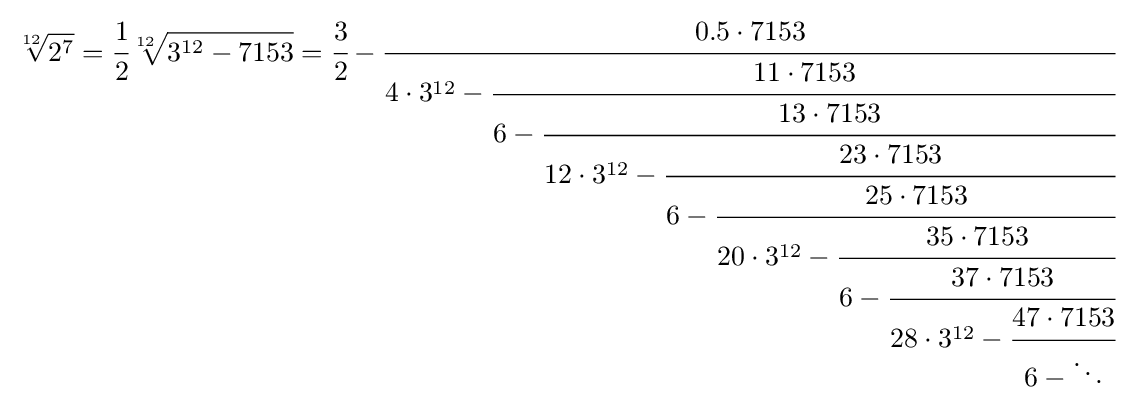
{\sqrt[{12}]{2^{7}}}={\cfrac {1}{2}}{\sqrt[{12}]{3^{12}-7153}}={\cfrac {3}{2}}-{\cfrac {0.5\cdot 7153}{4\cdot 3^{12}-{\cfrac {11\cdot 7153}{6-{\cfrac {13\cdot 7153}{12\cdot 3^{12}-{\cfrac {23\cdot 7153}{6-{\cfrac {25\cdot 7153}{20\cdot 3^{12}-{\cfrac {35\cdot 7153}{6-{\cfrac {37\cdot 7153}{28\cdot 3^{12}-{\cfrac {47\cdot 7153}{6-\ddots }}}}}}}}}}}}}}}}